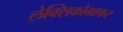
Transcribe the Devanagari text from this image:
लेक्सिकोग्राफर